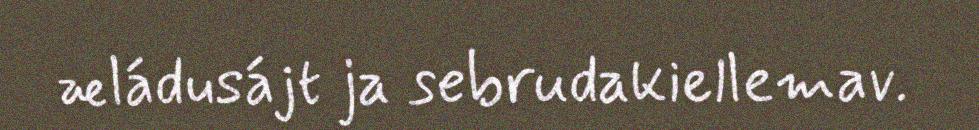
æládusájt ja sebrudakiellemav.